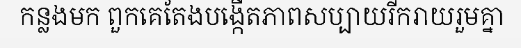
កន្លងមក ពួកគេតែងបង្កើតភាពសប្បាយរីករាយរួមគ្នា